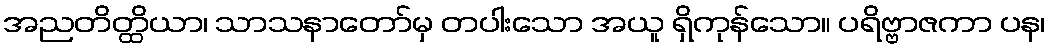
အညတိတ္ထိယာ၊ သာသနာတော်မှ တပါးသော အယူ ရှိကုန်သော။ ပရိဗ္ဗာဇကာ ပန၊